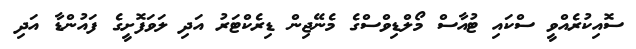
ސޮއިކުރެއްވީ ސްކައި ޓުއާސް މޯލްޑިވްސްގެ މެނޭޖިން ޑިރެކްޓަރު އަދި ލަވަފޮށީގެ ފައުންޑާ އަދި